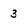
Character: 3